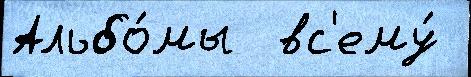
Альбо́мы  вс'ему́